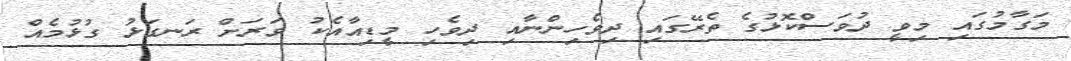
މަގާމުގައި މިވީ ދުވަސްކޮޅުގެ ތެރޭގައި ދިވެހިންނާއި ދިވެހި މީޑިއާއެކު ވަރަށް ރަނގަޅު ގުޅުމެއް